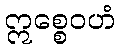
ဣစ္စေဝဟံ